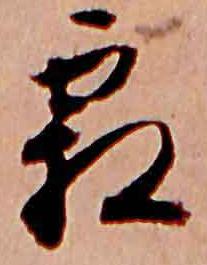
霜